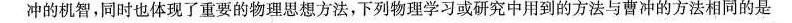
冲的机智，同时也体现了重要的物理思想方法，下列物理学习或研究中用到的方法与曹冲的方法相同的是